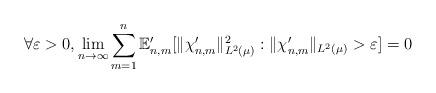
LaTeX: \begin{align*} \forall \varepsilon > 0, \lim_{n \to \infty} \sum_{m=1}^n \mathbb{E}_{n,m}' [ \|\chi_{n,m}' \|_{L^2(\mu)}^2 : \|\chi_{n,m}' \|_{L^2( \mu)} > \varepsilon ] = 0 \end{align*}